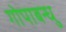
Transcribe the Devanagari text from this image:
गोपाबन्धु